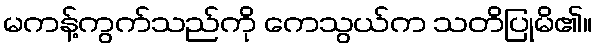
မကန့်ကွက်သည်ကို ကေသွယ်က သတိပြုမိ၏။